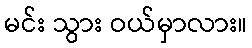
မင်း သွား ဝယ်မှာလား။